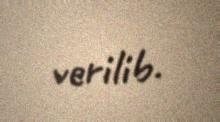
verilib.